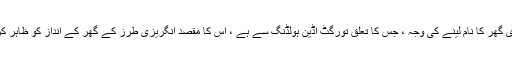
انگریزی گھر کا نام لینے کی وجہ ، جس کا تعلق تورگٹ اڈین ہولڈنگ سے ہے ، اس کا مقصد انگریزی طرز کے گھر کے انداز کو ظاہر کرنا ہے۔